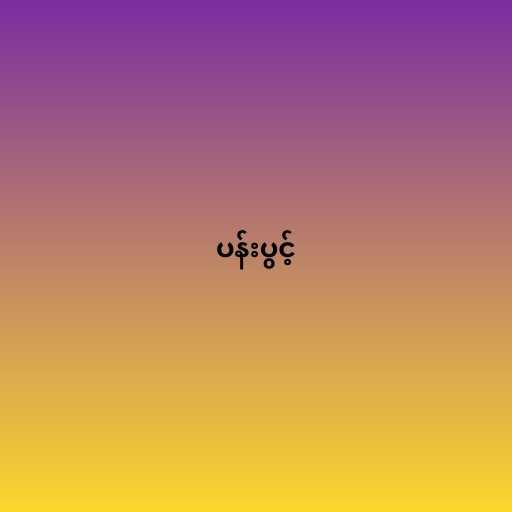
ပန်းပွင့်